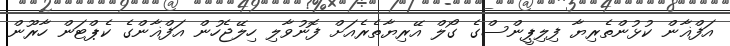
އަފްޣާން ކުޅުންތެރިޔާ ފިލިޕީންސްގެ ގޯލް އޭރިޔާތެރެއަށް ފޮނުވާލި ހިލޭޖެހުން އަފްޣާންގެ ކެޕްޓަން ހާރޫން